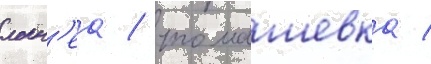
локн'еа / томашевка /